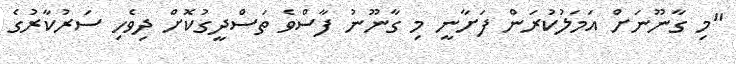
"މި ގާނޫނަށް އަމަލުކުރަން ފަށާނީ މި ގާނޫނު ފާސްވެ ތަސްދީގުކޮށް ދިވެހި ސަރުކާރުގެ